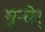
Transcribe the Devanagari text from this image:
गुन्तेर्